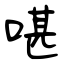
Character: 啿